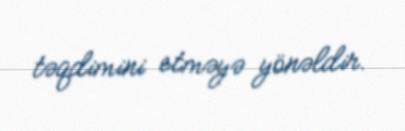
təqdimini etməyə yönəldir.